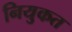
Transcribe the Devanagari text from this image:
नियुकत